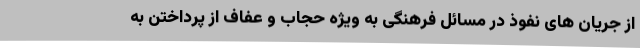
از جریان های نفوذ در مسائل فرهنگی به ویژه حجاب و عفاف از پرداختن به